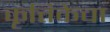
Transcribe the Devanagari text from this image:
कृत्तिकेचा